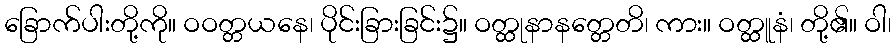
ခြောက်ပါးတို့ကို။ ဝဝတ္တယနေ၊ ပိုင်းခြားခြင်း၌။ ဝတ္ထုနာနတ္တေတိ၊ ကား။ ဝတ္ထူနံ၊ တို့၏။ ဝါ၊